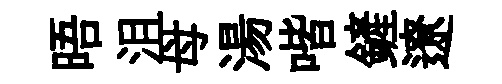
晤沮母湯喈鏟遼